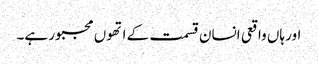
اور ہاں واقعی انسان قسمت کے اتھوں مجبور ہے۔